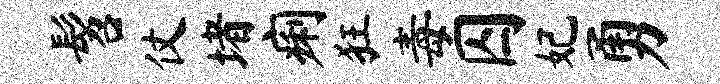
髫仗堵痢狂毒囚妃勇